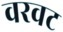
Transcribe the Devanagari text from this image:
वरवट